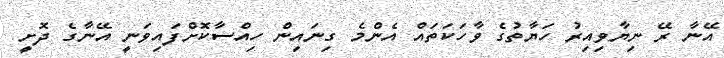
އޭނާ ރޭ ނިޔާވިއިރު ހަޔާތުގެ ވާހަކަތައް އެންމެ ގިނައިން ހިއްސާކޮށްފައިވަނީ އޭނާގެ ދޮށީ